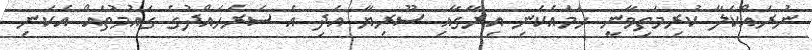
ނުރައްކަލާ ކުރިމަތިވާނީ ހަމައެކަނި އިރާގާއި ސޫރިޔާ އަދި އެ ސަރަހައްދުގެ ގައުމުތައް އެކަނި